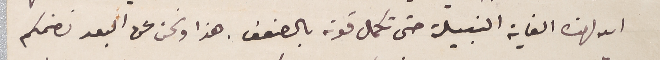
الله لهذه الغاية النبيلة حتى تكمل قوته بالضعف. هذا ونحن عن البعد نضمكم